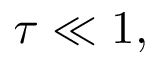
\tau \ll 1 ,